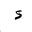
Letter: _hamza